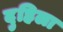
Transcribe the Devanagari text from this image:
दुहिला